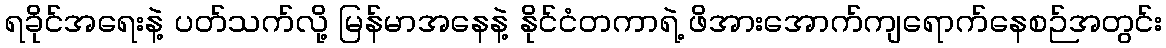
ရခိုင်အရေးနဲ့ ပတ်သက်လို့ မြန်မာအနေနဲ့ နိုင်ငံတကာရဲ့ ဖိအားအောက်ကျရောက်နေစဉ်အတွင်း